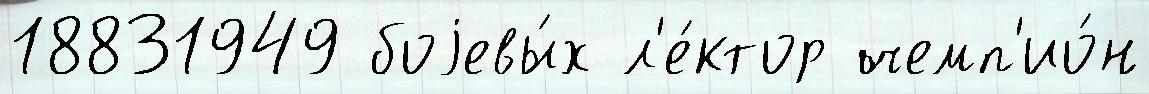
18831949 боjевы́х л'е́ктор чемп'ио́н